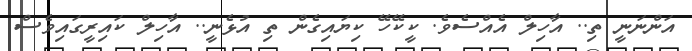
އަންނަނީ ތި.. އާހިލް އެއްސެވެ. ކީކޭހޭ ކިޔައިގެން ތި އުޅެނީ.. އާހިލް ކައިރީގައިވެސް